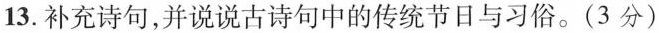
13.补充诗句，并说说古诗句中的传统节日与习俗。(3分)